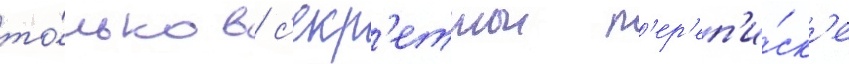
то́лько в с'екр'етнои п'ер'еп'и́ск'е